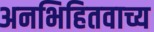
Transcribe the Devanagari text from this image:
अनभिहितवाच्य